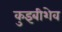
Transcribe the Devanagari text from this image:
कुइबीशेव